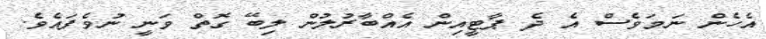
އެހެން ނަމަވެސް އެ ދެ ޕާޓީއިން އެއްބާރުލުން ލިބޭ ގޮތް ވަނީ ނުވެފައެވެ.